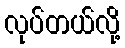
လုပ်တယ်လို့